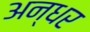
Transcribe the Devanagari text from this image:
अन्धर